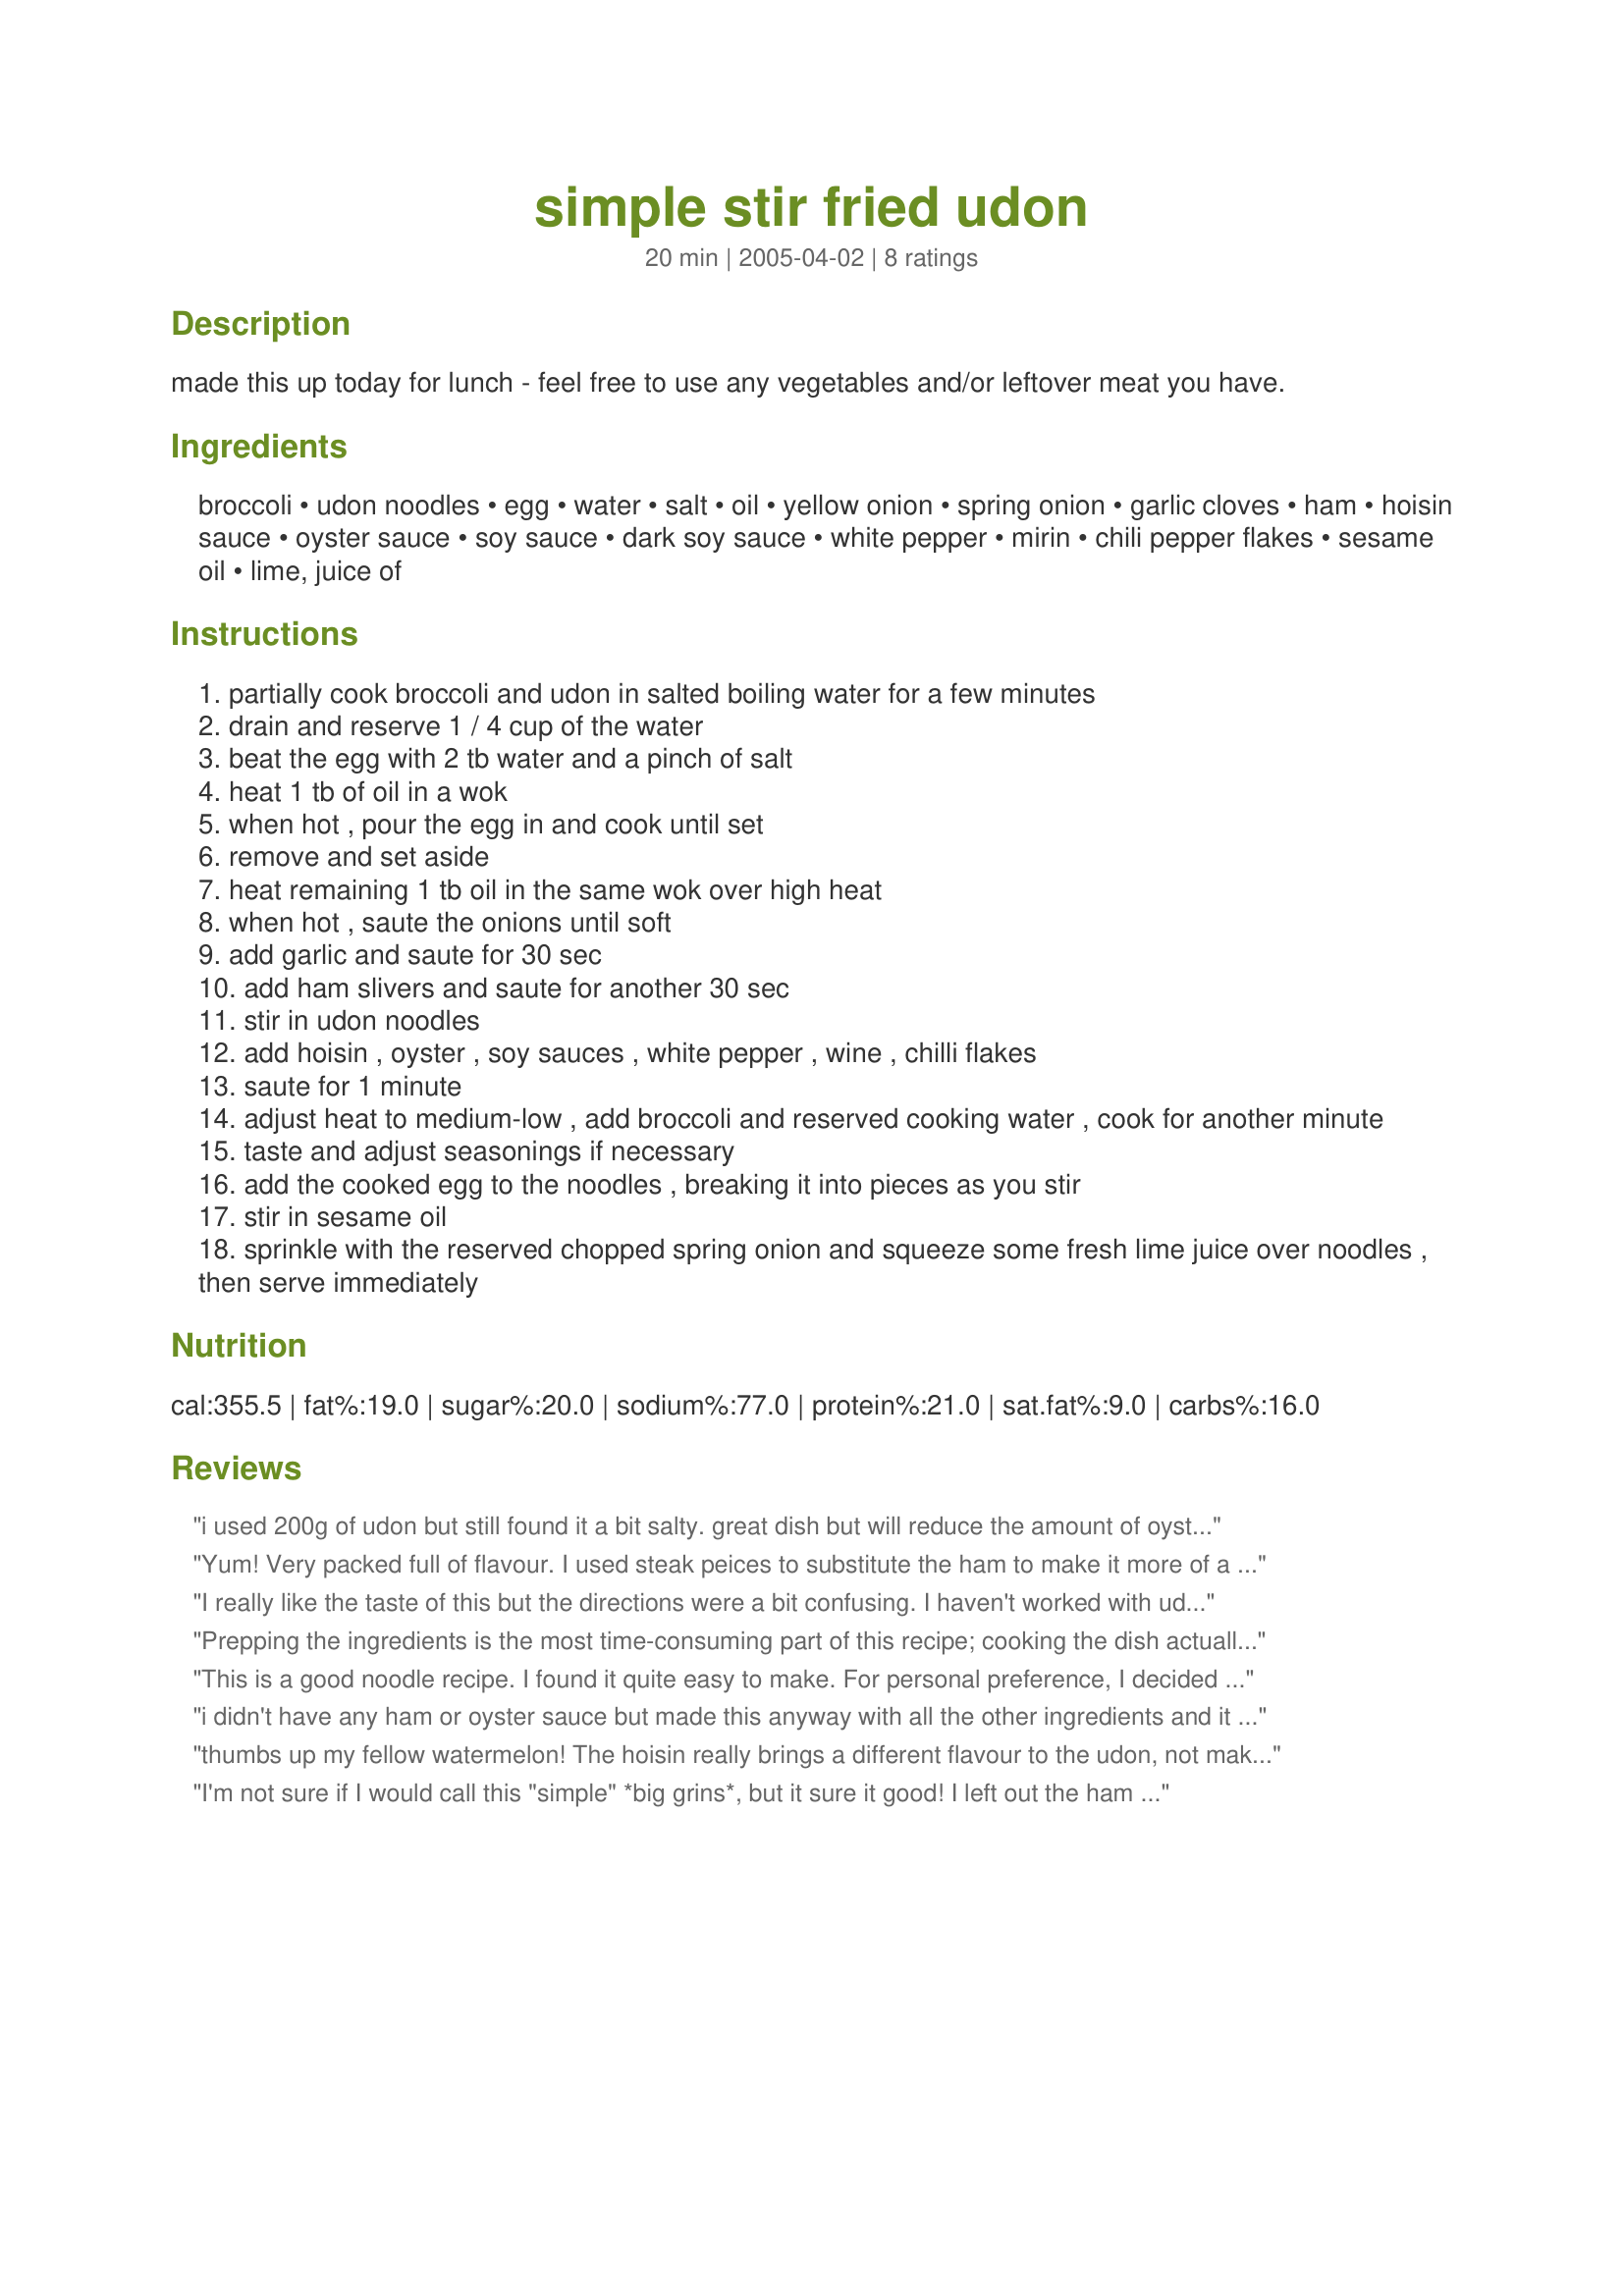
simple stir fried udon
Preparation time: 20 minutes

made this up today for lunch - feel free to use any vegetables and/or leftover meat you have.

Ingredients:
broccoli, udon noodles, egg, water, salt, oil, yellow onion, spring onion, garlic cloves, ham, hoisin sauce, oyster sauce, soy sauce, dark soy sauce, white pepper, mirin, chili pepper flakes, sesame oil, lime, juice of

Steps:
partially cook broccoli and udon in salted boiling water for a few minutes
drain and reserve 1 / 4 cup of the water
beat the egg with 2 tb water and a pinch of salt
heat 1 tb of oil in a wok
when hot , pour the egg in and cook until set
remove and set aside
heat remaining 1 tb oil in the same wok over high heat
when hot , saute the onions until soft
add garlic and saute for 30 sec
add ham slivers and saute for another 30 sec
stir in udon noodles
add hoisin , oyster , soy sauces , white pepper , wine , chilli flakes
saute for 1 minute
adjust heat to medium-low , add broccoli and reserved cooking water , cook for another minute
taste and adjust seasonings if necessary
add the cooked egg to the noodles , breaking it into pieces as you stir
stir in sesame oil
sprinkle with the reserved chopped spring onion and squeeze some fresh lime juice over noodles , then serve immediately

Reviews:
i used 200g of udon but still found it a bit salty. great dish but will reduce the amount of oyster/dark soy sauce next time. Thanks.
Yum! Very packed full of flavour. I used steak peices to substitute the ham to make it more of a meal, and tripled the recipe which only just feed 6. I chopped the the spring onion but forgot to add to the meal lol. Its spicy but not to spicy =]
I really like the taste of this but the directions were a bit confusing. I haven't worked with udon much and I wasn't sure how long a "few" minutes was, so I boiled the udon and broccoli for 3 minutes. Next time I would try 5 because my udon wasn't quite cooked. Also, since you're supposed to add the noodles separately, it might be helpful to just boil them separately unless you want to pick out the broccoli at the end. I made this vegan by leaving out the meat and egg and using vegetarian oyster sauce. Next time I'll add carrots and bell peppers. Thanks for the recipe!
Prepping the ingredients is the most time-consuming part of this recipe; cooking the dish actually takes only 10-15 minutes and is still quite easy to do. I added 1/2 tablespoon of granulated sugar to the sauce ingredients and used Sriracha chili paste instead of the pepper flakes. I also used layers of bok choy instead of the broccoli and threw in some rehydrated Shitake mushrooms. It was fabulous!
This is a good noodle recipe. I found it quite easy to make. For personal preference, I decided to leave out the ham, but I think it was good without it. I had a pound of noodles to use up, so I doubled the sauce. It was just enough, so next time i may triple the sauce if I have that many noodles. Thanks for the recipe.
i didn't have any ham or oyster sauce but made this anyway with all the other ingredients and it tasted great! i doubled the sauce for 900g of noodles and it was enough sauce
thumbs up my fellow watermelon! The hoisin really brings a different flavour to the udon, not making it bland like most yaki-udon recipes......I will be making this over and over again..Thanks very much for the lovely recipe
I'm not sure if I would call this "simple" *big grins*, but it sure it good! I left out the ham
(on purpose) and the dark soy (on accident), but other than that stayed with the recipe as far as ingredients go. I would recommend to future chefs to get everything prepped ahead of time and ready to go ahead of time. As with most stirfries, there is no stopping to make the sauce up (so you call to hubby and ask him to do it and grimace at his inability to eyeball measurements! *grins*). This one is definitely going in my Asian folder for safe keeping! Thank you for posting.
